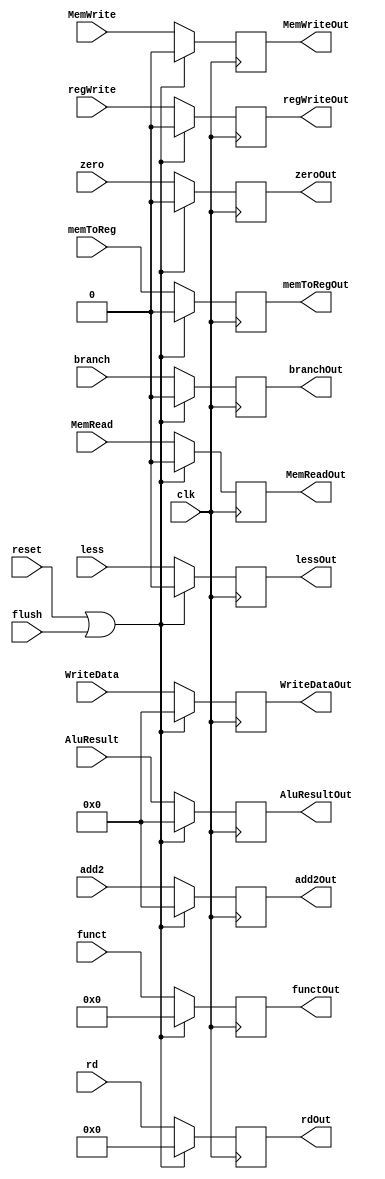

module EXMEM(
  input clk,reset,flush,
  input MemRead, 
  input memToReg, 
  input MemWrite,
  input regWrite, 
  input branch,
  input less,
  input [63:0] WriteData, 
  input [63:0] add2, 
  input [4:0]  rd,
  input [63:0] AluResult,
  input zero,
  input [3:0] funct,

  output reg MemWriteOut,
  output reg MemReadOut,
  output reg memToRegOut,
  output reg regWriteOut, 
  output reg branchOut, 
  output reg [63:0] WriteDataOut,
  output reg [63:0] add2Out,
  output reg [4:0] rdOut, 
  output reg [63:0] AluResultOut,
  output reg zeroOut,
  output reg lessOut,
  output reg [3:0] functOut
);
  
  always @(posedge clk )
    begin
      if (reset | flush)
    begin
      MemWriteOut  = 0;
      MemReadOut   = 0;
      memToRegOut  = 0;
      regWriteOut  = 0;
      branchOut    = 0;
      WriteDataOut = 0;
      add2Out      = 0;
      rdOut        = 0;
      AluResultOut = 0;
      zeroOut      = 0;
      lessOut      = 0;
      functOut     = 0;
    end        
      else
        begin
          MemReadOut   = MemRead;
          memToRegOut  = memToReg;
          MemWriteOut  = MemWrite;
          regWriteOut  = regWrite;
          branchOut    = branch;
          WriteDataOut = WriteData;
          add2Out      = add2;
          rdOut        = rd;
          AluResultOut = AluResult;
          zeroOut      = zero;
          lessOut      = less;
          functOut     = funct;
        end
    end
endmodule